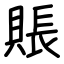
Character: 賬